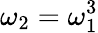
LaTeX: \omega_{2}=\omega_{1}^{3}